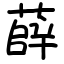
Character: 薛